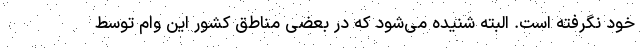
خود نگرفته است. البته شنیده می‌شود که در بعضی مناطق کشور این وام توسط